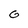
Character: G